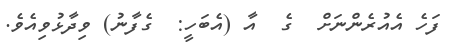
ފަހެ އެއުރެންނަށް  ގެ  އާ (އެބަހީ:  ގެފާނު) ވިދާޅުވިއެވެ.